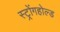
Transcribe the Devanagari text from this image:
स्ट्रोंगहोल्ड